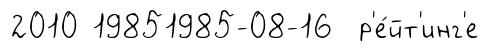
2010 19851985-08-16 р'е́йт'инг'е